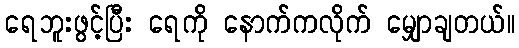
ရေဘူးဖွင့်ပြီး ရေကို နောက်ကလိုက် မျှောချတယ်။